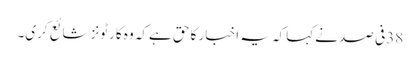
38فی صد نےکہا کہ یہ اخبار کا حق ہےکہ وہ کارٹونز شائع کری۔